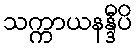
သက္ကာယနန္ဒီပိ